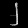
Digit: ၂